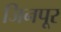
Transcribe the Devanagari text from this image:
जिनपूर